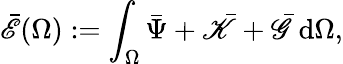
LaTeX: \begin{array}{r}{\bar{\mathscr{E}}(\Omega):=\displaystyle\int_{\Omega}\bar{\Psi}+\bar{\mathscr{K}}+\bar{\mathscr{G}}~\mathrm{d}\Omega,}\end{array}